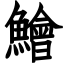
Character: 鱠